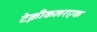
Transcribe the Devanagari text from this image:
टेक्नीकलरएक